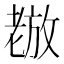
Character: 𫅵